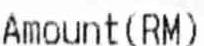
AMOUNT (RM)